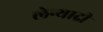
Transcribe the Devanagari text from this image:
लेन्याद्री